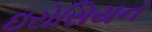
ઇરોસિયન